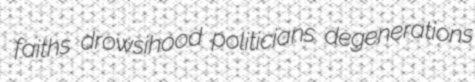
faiths drowsihood politicians degenerations